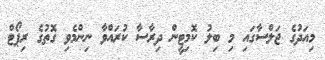
މިއަދުގެ ޖަލްސާގައި މި ބިލު ކޮމިޓީން ދިރާސާ ކުރައްވާ ނިންމެވި ގޮތުގެ ރިޕޯޓް